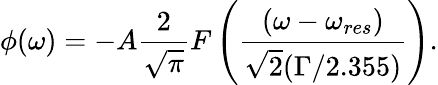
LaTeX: \phi(\omega)=-A\frac{2}{\sqrt{\pi}}F\left(\frac{(\omega-\omega_{res})}{\sqrt{2}(\Gamma/2.355)}\right).